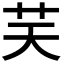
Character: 𦬞